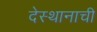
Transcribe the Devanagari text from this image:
देस्थानाची